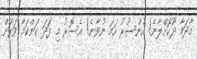
މާދަމާ ދޫކޮށްލާނެ! އުންސުރު ހަމަ ނުވާނެ! އެސޮރު މި ފަަދަ ކަންކަމާ ވަރަށް